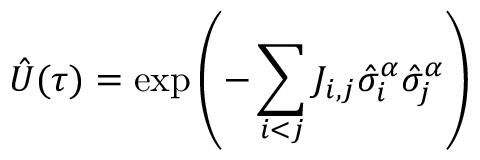
\hat { U } ( \tau ) = \exp \left( - \sum _ { i < j } J _ { i , j } \hat { \sigma } _ { i } ^ { \alpha } \hat { \sigma } _ { j } ^ { \alpha } \right)